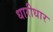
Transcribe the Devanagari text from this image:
धारीधार